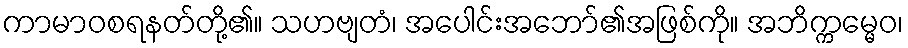
ကာမာဝစရနတ်တို့၏။ သဟဗျတံ၊ အပေါင်းအဘော်၏အဖြစ်ကို။ အဘိက္ကမ္မေဝ၊